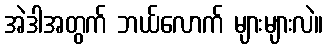
အဲဒါအတွက် ဘယ်လောက် များများလဲ။